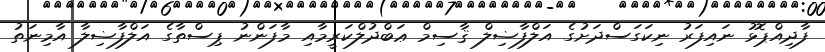
ފާދިއްޕޮޅު ނައިފަރު ނިކަގަސްދަށުގެ އަލްފާޟިލް ޤާސިމް ޢަބްދުލްކަރީމާއި މާފަންނު ޕިސްތާގެ އަލްފާޟިލާ އާމިނަތު